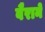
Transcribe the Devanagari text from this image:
वैराने